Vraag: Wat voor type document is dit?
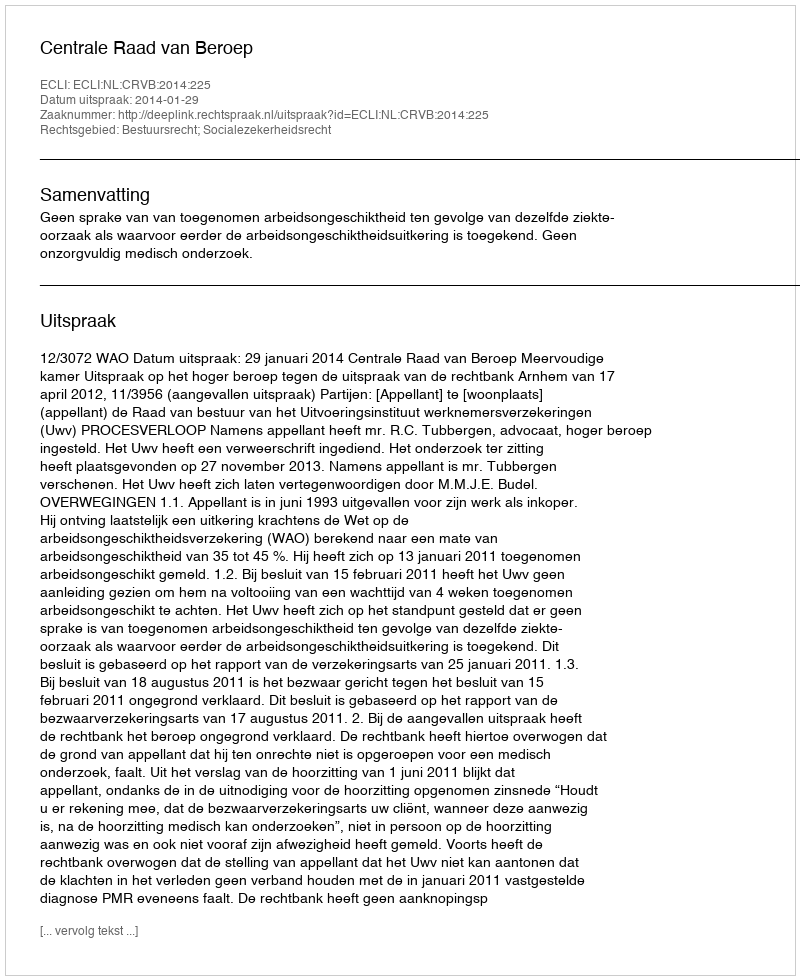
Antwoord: Uitspraak